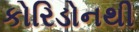
કોરિડોનથી